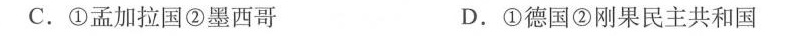
C.①孟加拉国②墨西哥 D.①德国②刚果民主共和国